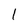
Character: 1